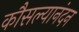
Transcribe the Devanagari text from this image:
कौसल्यानंदन